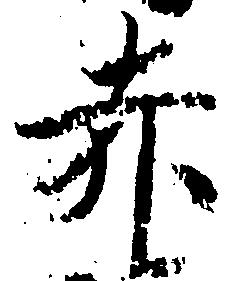
赤